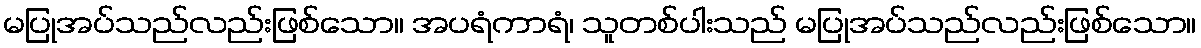
မပြုအပ်သည်လည်းဖြစ်သော။ အပရံကာရံ၊ သူတစ်ပါးသည် မပြုအပ်သည်လည်းဖြစ်သော။